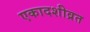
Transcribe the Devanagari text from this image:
एकादशीव्रत